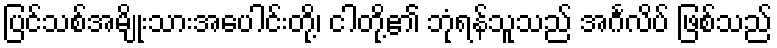
ပြင်သစ်အမျိုးသားအပေါင်းတို့၊ ငါတို့၏ ဘုံရန်သူသည် အင်္ဂလိပ် ဖြစ်သည်